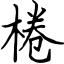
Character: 棬